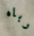
رباه